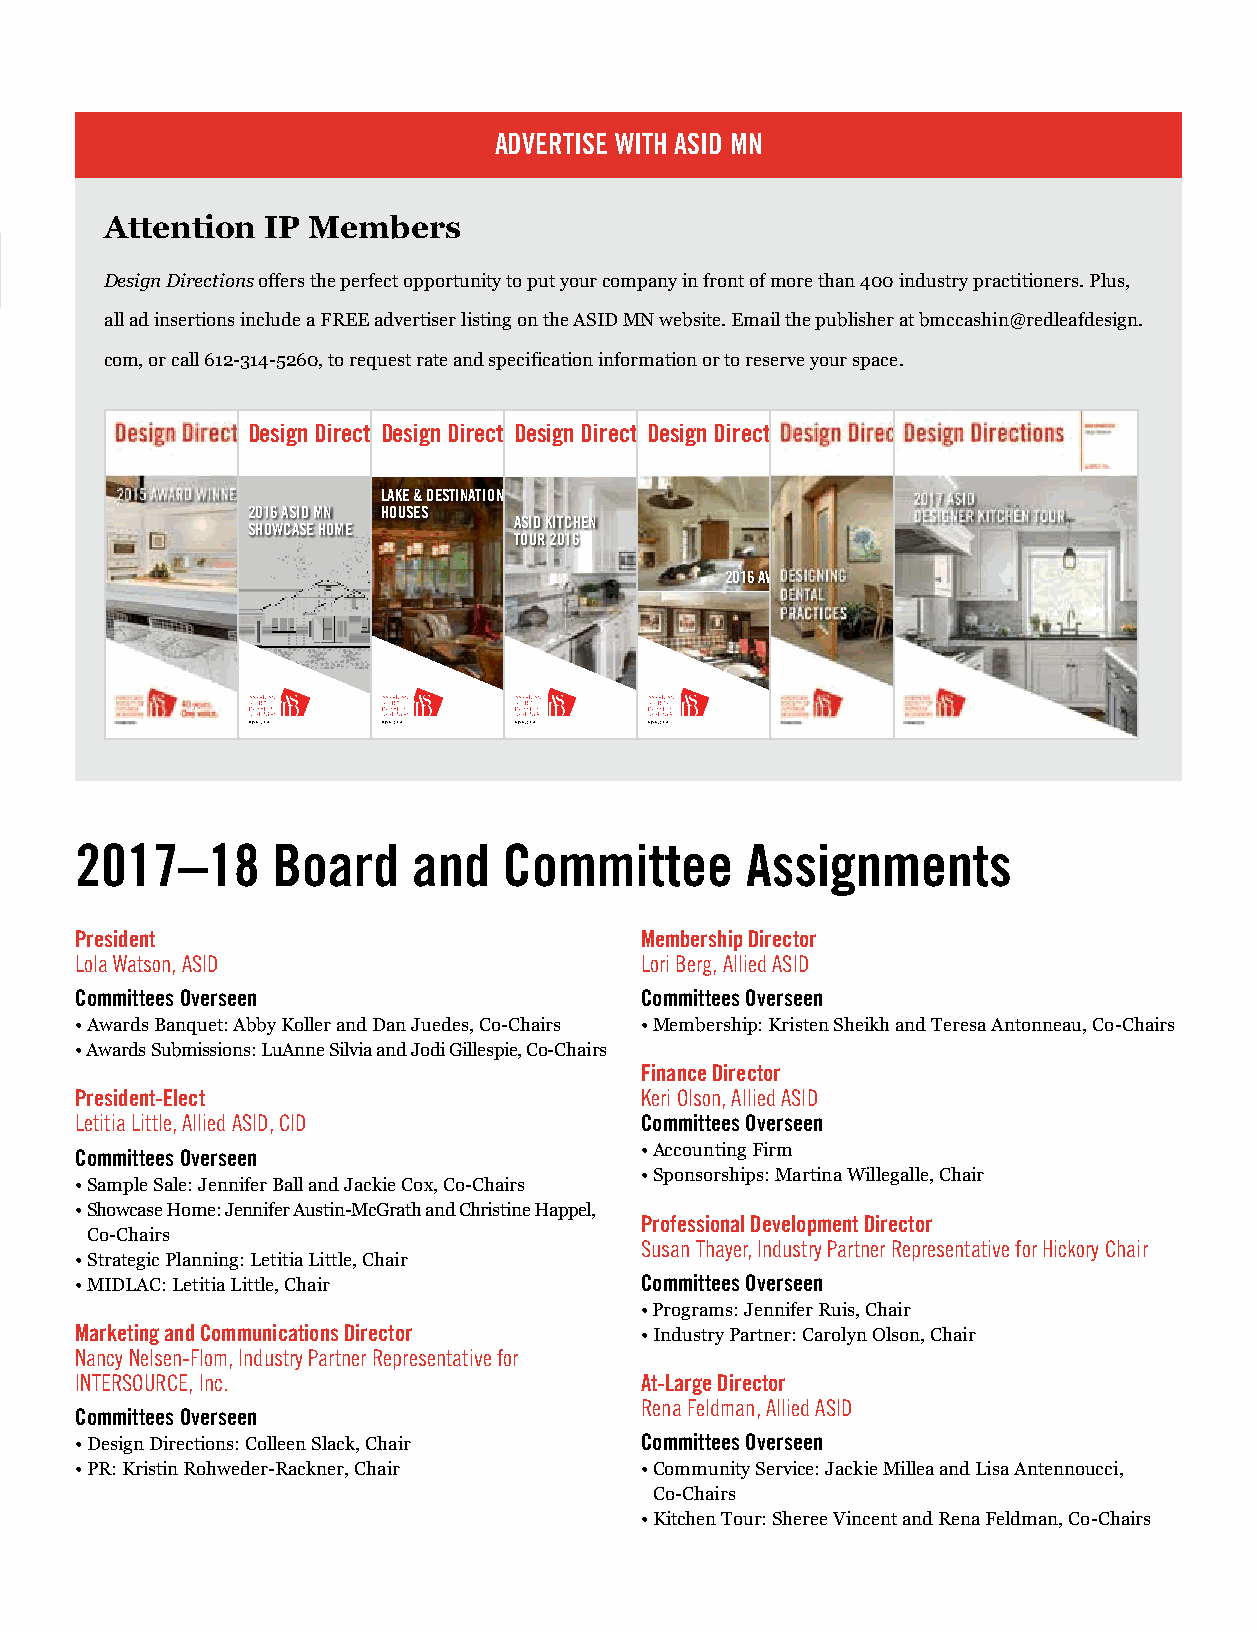
ADVERTISE WITH ASID MN
 Attention  IP Members
 Design Directions offers the perfect opportunity to put your company in front of more than 400 industry practitioners. Plus,
 all ad insertions include a FREE advertiser listing on the ASID MN website. Email the publisher at bmccashin@redleafdesign.
 com, or call 612-314-5260, to request rate and specification information or to reserve your space.
 Design DirectioDnessig DAn eSsIiDgn M DIi rNeNctDEioSnOsTAirectioDnessig DAn eSsIiDgn M DIi rNeNctDEioSnOsTAirectioDnessig DAn eSsIiDgn M DIi rNeNctDEioSnOsTAirections DAeSsIiDgn M DIirNeNctEioSnOsTA
 SPRING 2016 SUMMER 2016 FALL 2016 WINTER 2016
 LAKE & DESTINATION
 2016 ASID MN HOUSES
 ASID KITCHEN
 SHOWCASE HOME
 TOUR 2016
 2016 AWARD WINNERS
 2017–18      Board    and   Committee       Assignments
 President                            Membership Director
 Lola Watson, ASID                    Lori Berg, Allied ASID
 Committees Overseen                  Committees Overseen
 • Awards Banquet: Abby Koller and Dan Juedes, Co-Chairs • Membership: Kristen Sheikh and Teresa Antonneau, Co-Chairs
 • Awards Submissions: LuAnne Silvia and Jodi Gillespie, Co-Chairs
 Finance Director
 President-Elect                      Keri Olson, Allied ASID
 Letitia Little, Allied ASID, CID     Committees Overseen
 • Accounting Firm
 Committees Overseen
 • Sponsorships: Martina Willegalle, Chair
 • Sample Sale: Jennifer Ball and Jackie Cox, Co-Chairs
 • Showcase Home: Jennifer Austin-McGrath and Christine Happel,
 Professional Development Director
 Co-Chairs
 Susan Thayer, Industry Partner Representative for Hickory Chair
 • Strategic Planning: Letitia Little, Chair
 • MIDLAC: Letitia Little, Chair      Committees Overseen
 • Programs: Jennifer Ruis, Chair
 Marketing and Communications Director • Industry Partner: Carolyn Olson, Chair
 Nancy Nelsen-Flom, Industry Partner Representative for
 INTERSOURCE, Inc.                    At-Large Director
 Rena Feldman, Allied ASID
 Committees Overseen
 • Design Directions: Colleen Slack, Chair Committees Overseen
 • PR: Kristin Rohweder-Rackner, Chair • Community Service: Jackie Millea and Lisa Antennoucci,
 Co-Chairs
 • Kitchen Tour: Sheree Vincent and Rena Feldman, Co-Chairs